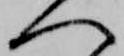
へ